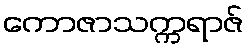
ကောဇာသက္ကရာဇ်